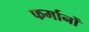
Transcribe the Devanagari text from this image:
फर्मानों